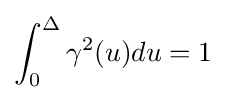
\int _{0}^{\Delta }\gamma ^{2}(u)du=1